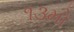
૧૩મો